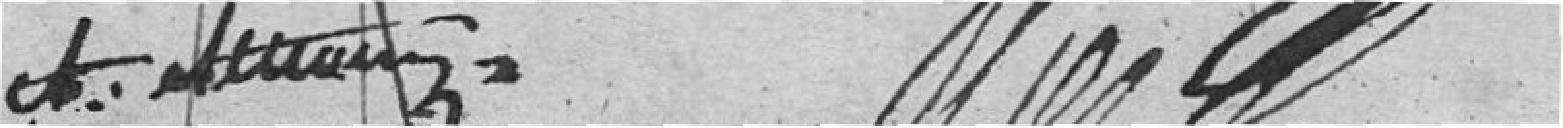
A. Attmann